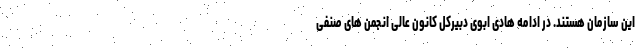
این سازمان هستند. در ادامه هادی ابوی دبیرکل کانون عالی انجمن های صنفی